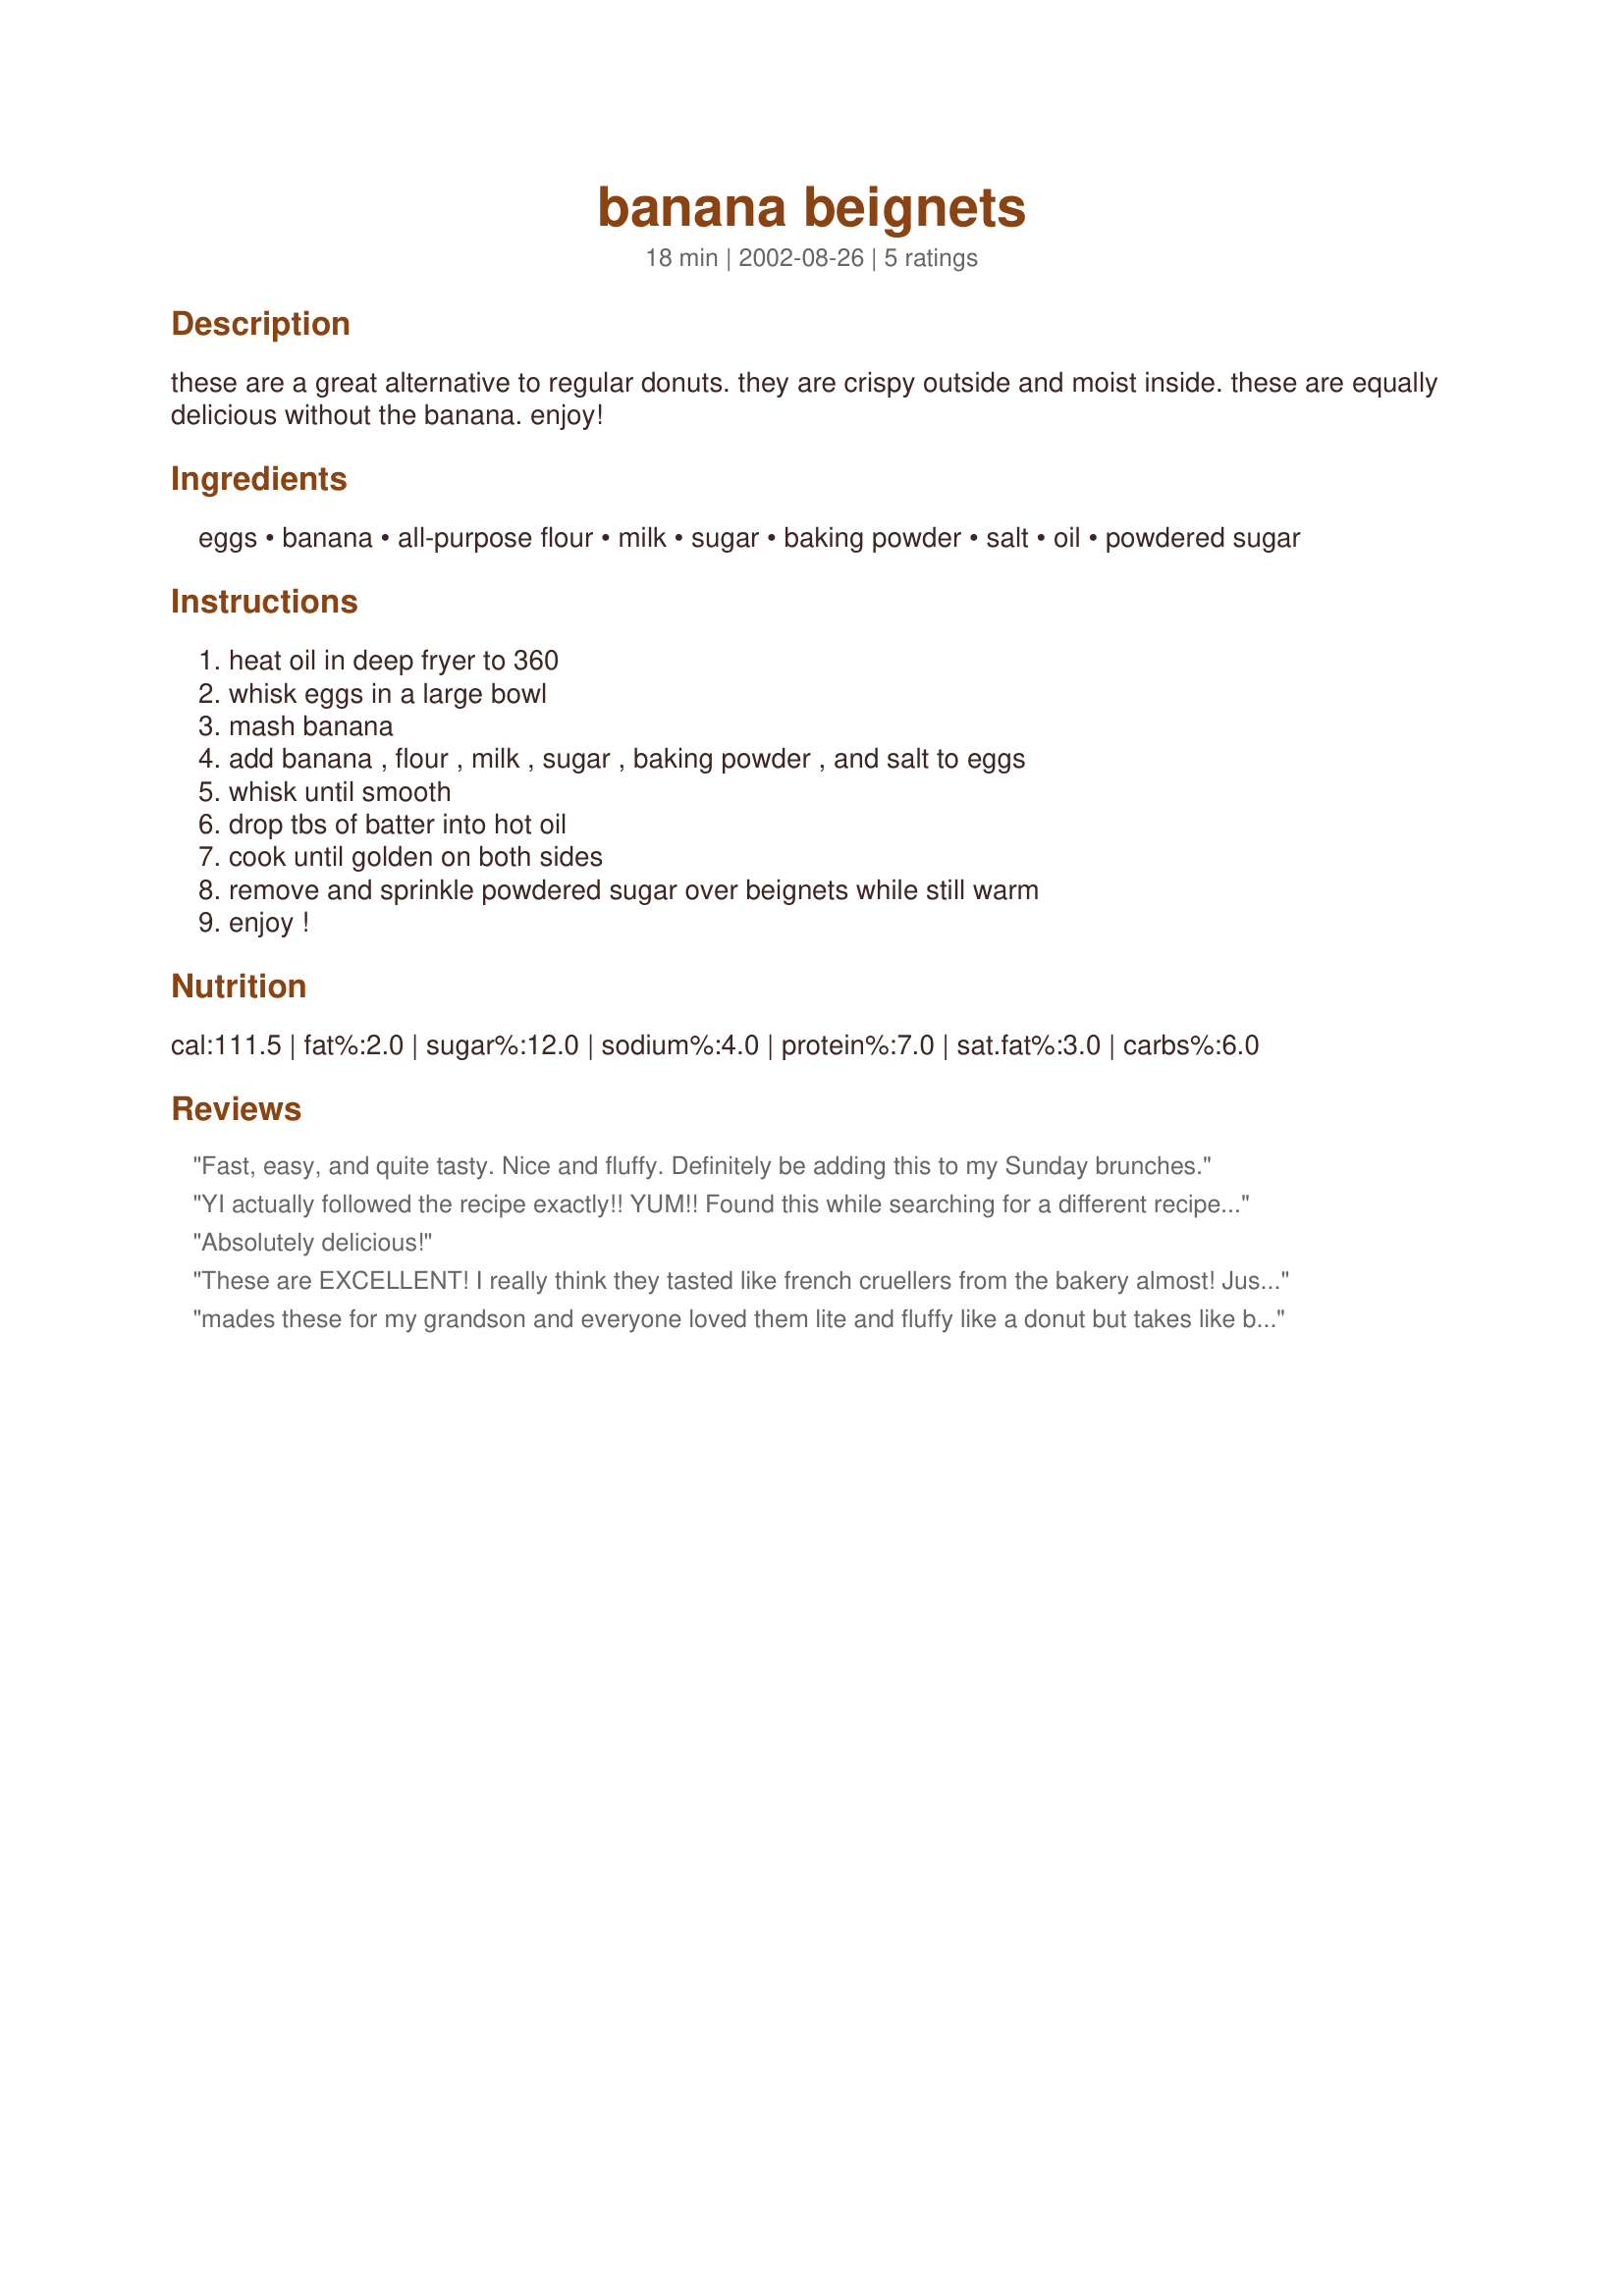
banana beignets
Preparation time: 18 minutes

these are a great alternative to regular donuts. they are crispy outside and moist inside. these are equally delicious without the banana. enjoy!

Ingredients:
eggs, banana, all-purpose flour, milk, sugar, baking powder, salt, oil, powdered sugar

Steps:
heat oil in deep fryer to 360, whisk eggs in a large bowl, mash banana, add banana , flour , milk , sugar , baking powder , and salt to eggs, whisk until smooth, drop tbs of batter into hot oil, cook until golden on both sides, remove and sprinkle powdered sugar over beignets while still warm, enjoy !

Reviews:
Fast, easy, and quite tasty. Nice and fluffy. Definitely be adding this to my Sunday brunches.
YI actually followed the recipe exactly!!
YUM!!
Found this while searching for a different recipe for ripe bananas. So easy and so yummy. The balance of flavors is perfect, very delicate. Thanks for the recipe - we'll make them again.
Absolutely delicious!
These are EXCELLENT! I really think they tasted like french cruellers from the bakery almost! Just in banana flavor! They were so quick and easy to make to! Definitely am making these again!
mades these for my grandson and everyone loved them lite and fluffy like a donut but takes like banana bread. I had to make another batch the very next day i didn't have anymore bananas but they were really good anyway, I added cinnamon to the batter
